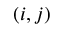
( i , j )